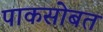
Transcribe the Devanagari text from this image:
पाकसोबत